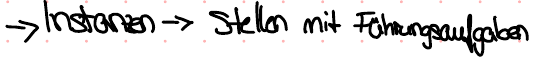
-> Instanzen -> Stellen mit Führungsaufgaben